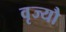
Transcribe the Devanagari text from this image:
वृज्यौ